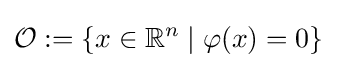
{\mathcal {O}}:=\left\lbrace x\in \mathbb {R} ^{n}\mid \varphi (x)=0\right\rbrace